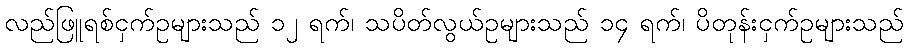
လည်ဖြူရစ်ငှက်ဥများသည် ၁၂ ရက်၊ သပိတ်လွယ်ဥများသည် ၁၄ ရက်၊ ပိတုန်းငှက်ဥများသည်